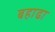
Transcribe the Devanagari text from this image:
बहाढा